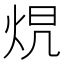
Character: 𤈋